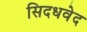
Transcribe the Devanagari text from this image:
सिदधवेद